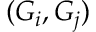
( G _ { i } , G _ { j } )